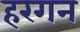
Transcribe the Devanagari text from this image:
हरगन